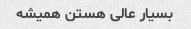
بسیار عالی هستن همیشه